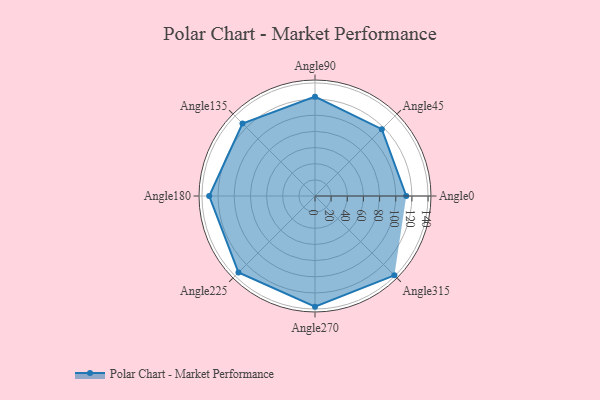
{"axis": {"x": "Angle", "y": "Radius"}, "legend": [""], "data": [{"x": "Angle0", "y": 113.0, "type": ""}, {"x": "Angle45", "y": 117.0, "type": ""}, {"x": "Angle90", "y": 123.0, "type": ""}, {"x": "Angle135", "y": 127.0, "type": ""}, {"x": "Angle180", "y": 131.0, "type": ""}, {"x": "Angle225", "y": 134.0, "type": ""}, {"x": "Angle270", "y": 137.0, "type": ""}, {"x": "Angle315", "y": 139.0, "type": ""}]}